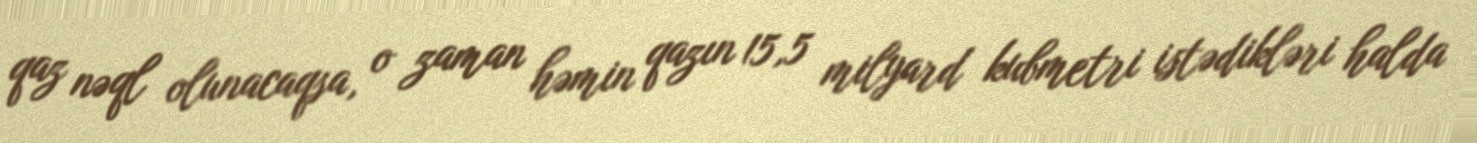
qaz nəql olunacaqsa, o zaman həmin qazın 15,5 milyard kubmetri istədikləri halda